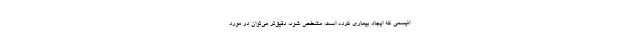
انیسمی که ایجاد بیماری کرده است، مشخص شود، دقیق‌تر می‌توان در مورد